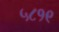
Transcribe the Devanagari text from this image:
५८१९